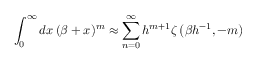
\int _ { 0 } ^ { \infty } d x \, ( \beta + x ) ^ { m } \approx \sum _ { n = 0 } ^ { \infty } h ^ { m + 1 } \zeta \left( \beta h ^ { - 1 } , - m \right)